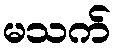
မသက်